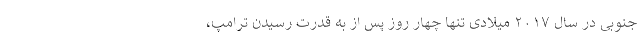
جنوبی در سال ۲۰۱۷ میلادی تنها چهار روز پس از به قدرت رسیدن ترامپ،